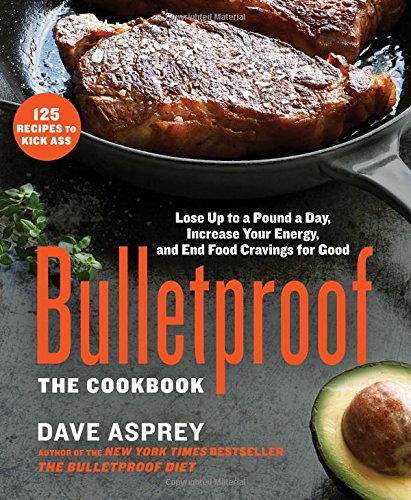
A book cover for Bulletproof: The Cookbook: Lose Up to a Pound a Day, Increase Your Energy, and End Food Cravings for Good; Dave Asprey; Cookbooks, Food & Wine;